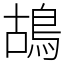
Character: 鴣